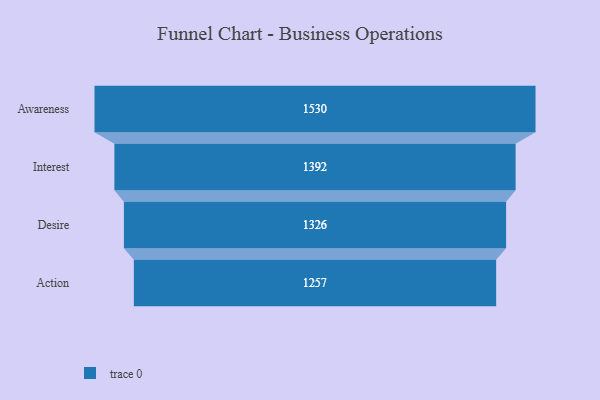
{"axis": {"x": "Stage", "y": "Value"}, "legend": [""], "data": [{"x": "Awareness", "y": 1530.0, "type": ""}, {"x": "Interest", "y": 1392.0, "type": ""}, {"x": "Desire", "y": 1326.0, "type": ""}, {"x": "Action", "y": 1257.0, "type": ""}]}